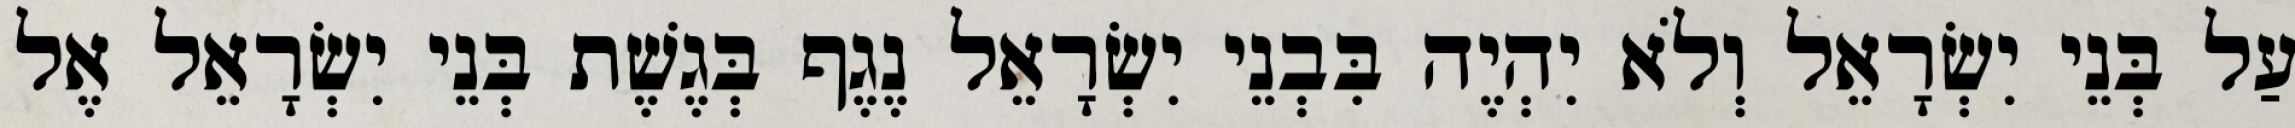
עַל בְּנֵי יִשְׂרָאֵל וְלֹא יִהְיֶה בִּבְנֵי יִשְׂרָאֵל נֶגֶף בְּגֶשֶׁת בְּנֵי יִשְׂרָאֵל אֶל